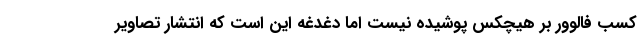
کسب فالوور بر هیچکس پوشیده نیست اما دغدغه این است که انتشار تصاویر